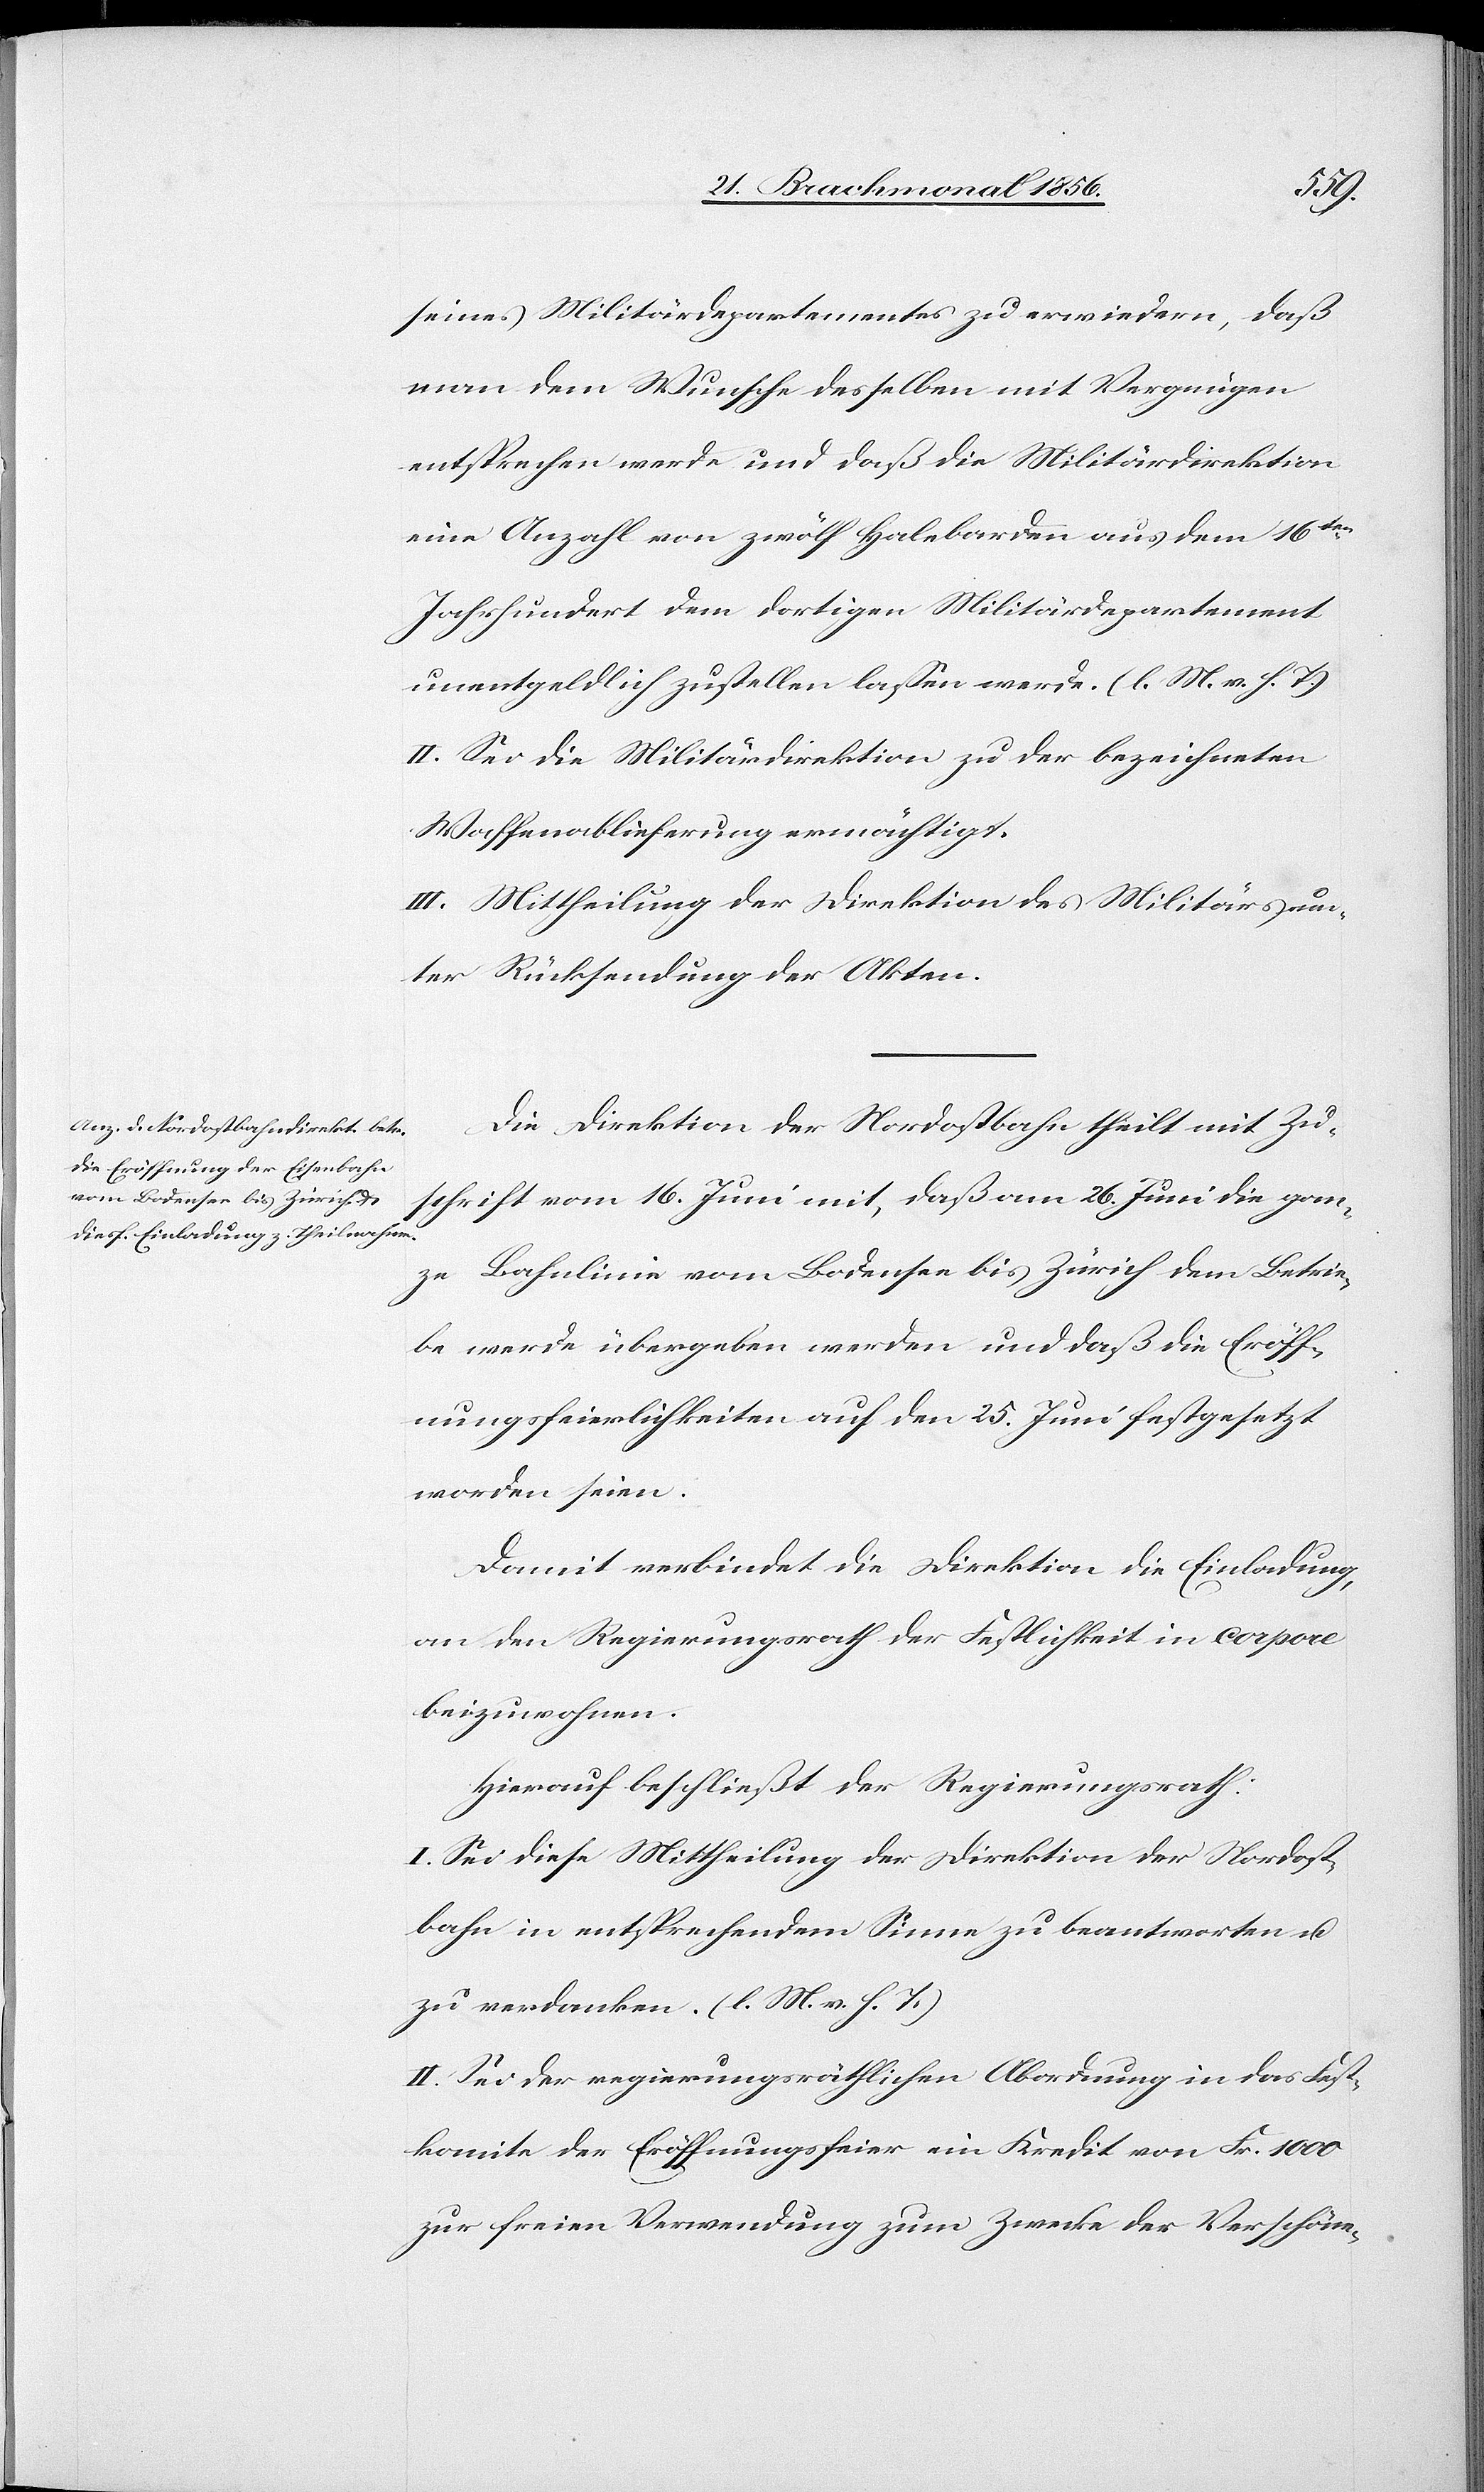
seines Militärdepartementes zu erwiedern, daß
man dem Wunsche desselben mit Vergnügen
entsprechen werde und daß die Militärdirektion
eine Anzahl von zwölf Halebarden aus dem 16ten
Jahrhundert dem dortigen Militärdepartement
unentgeldlich zustellen lassen werde. (l. M. v. h. T.)
II. Sei die Militärdirektion zu der bezeichneten
Waffenablieferung ermächtigt.
III. Mittheilung der Direktion des Militärs un¬
ter Rücksendung der Akten.
Die Direktion der Nordostbahn theilt mit Zu¬
schrift vom 16. Juni mit, daß am 26. Juni die gan¬
ze Bahnlinie vom Bodensee bis Zürich dem Betrie¬
be werde übergeben werden und daß die Eröff¬
nungsfeierlichkeiten auf den 25. Juni festgesetzt
worden seien.
Damit verbindet die Direktion die Einladung,
an den Regierungsrath der Festlichkeit in corpore
beizuwohnen.
Hierauf beschließt der Regierungsrath:
I. Sei diese Mittheilung der Direktion der Nordost¬
bahn in entsprechendem Sinne zu beantworten u.
zu verdanken. (l. M. v. h. T.)
II. Sei der regierungsräthlichen Abordnung in das Fest¬
komite der Eröffnungsfeier ein Kredit von Fr. 1000
zur freien Verwendung zum Zwecke der Verschöne-